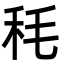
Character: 秏